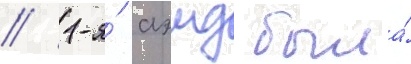
// 1-я́ аэмд была́